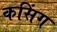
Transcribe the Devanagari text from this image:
कसिंग